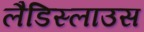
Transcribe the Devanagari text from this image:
लैडिस्लाउस